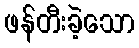
ဖန်တီးခဲ့သော